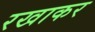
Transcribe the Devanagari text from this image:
रखाकर